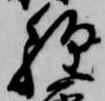
経